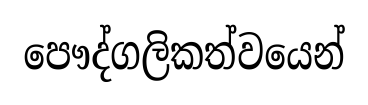
පෞද්ගලිකත්වයෙන්